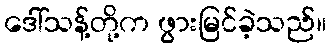
ဒေါ်သန့်တို့က ဖွားမြင်ခဲ့သည်။